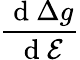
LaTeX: \frac{\mathrm{~d~}\Delta g}{\mathrm{~d~}\mathcal{E}}